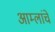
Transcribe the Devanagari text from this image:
आम्लांचे